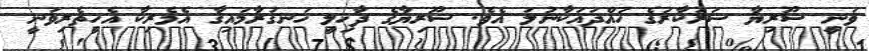
ވަނީ ސޫރިޔާ ސަރުކާރުގެ ހުއްދައަކާނުލަ އެވެ. ސޫރިޔާގެ ދާޚިލީ ހަނގުރާމައިގާ އެމެރިކާ އެހީތެރިވަނީ